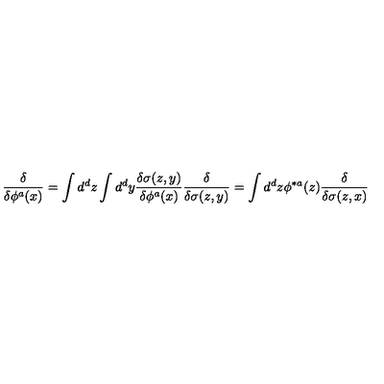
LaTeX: { \frac { \delta } { \delta \phi ^ { a } ( x ) } } = \int d ^ { d } z \int d ^ { d } y { \frac { \delta \sigma ( z , y ) } { \delta \phi ^ { a } ( x ) } } { \frac { \delta } { \delta \sigma ( z , y ) } } = \int d ^ { d } z \phi ^ { * a } ( z ) { \frac { \delta } { \delta \sigma ( z , x ) } }